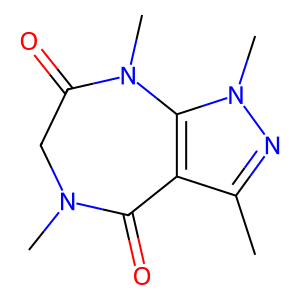
SMILES: Cc1nn(C)c2c1C(=O)N(C)CC(=O)N2C
Inhibits HIV replication: No